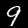
Label: 9